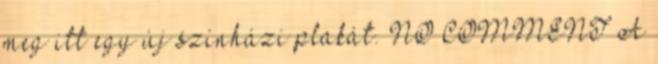
meg itt egy új színházi plakát. NO COMMENT A